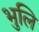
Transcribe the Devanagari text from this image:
भुलि